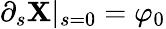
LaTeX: \partial_{s}{\mathbf X}|_{s=0}=\varphi_{0}